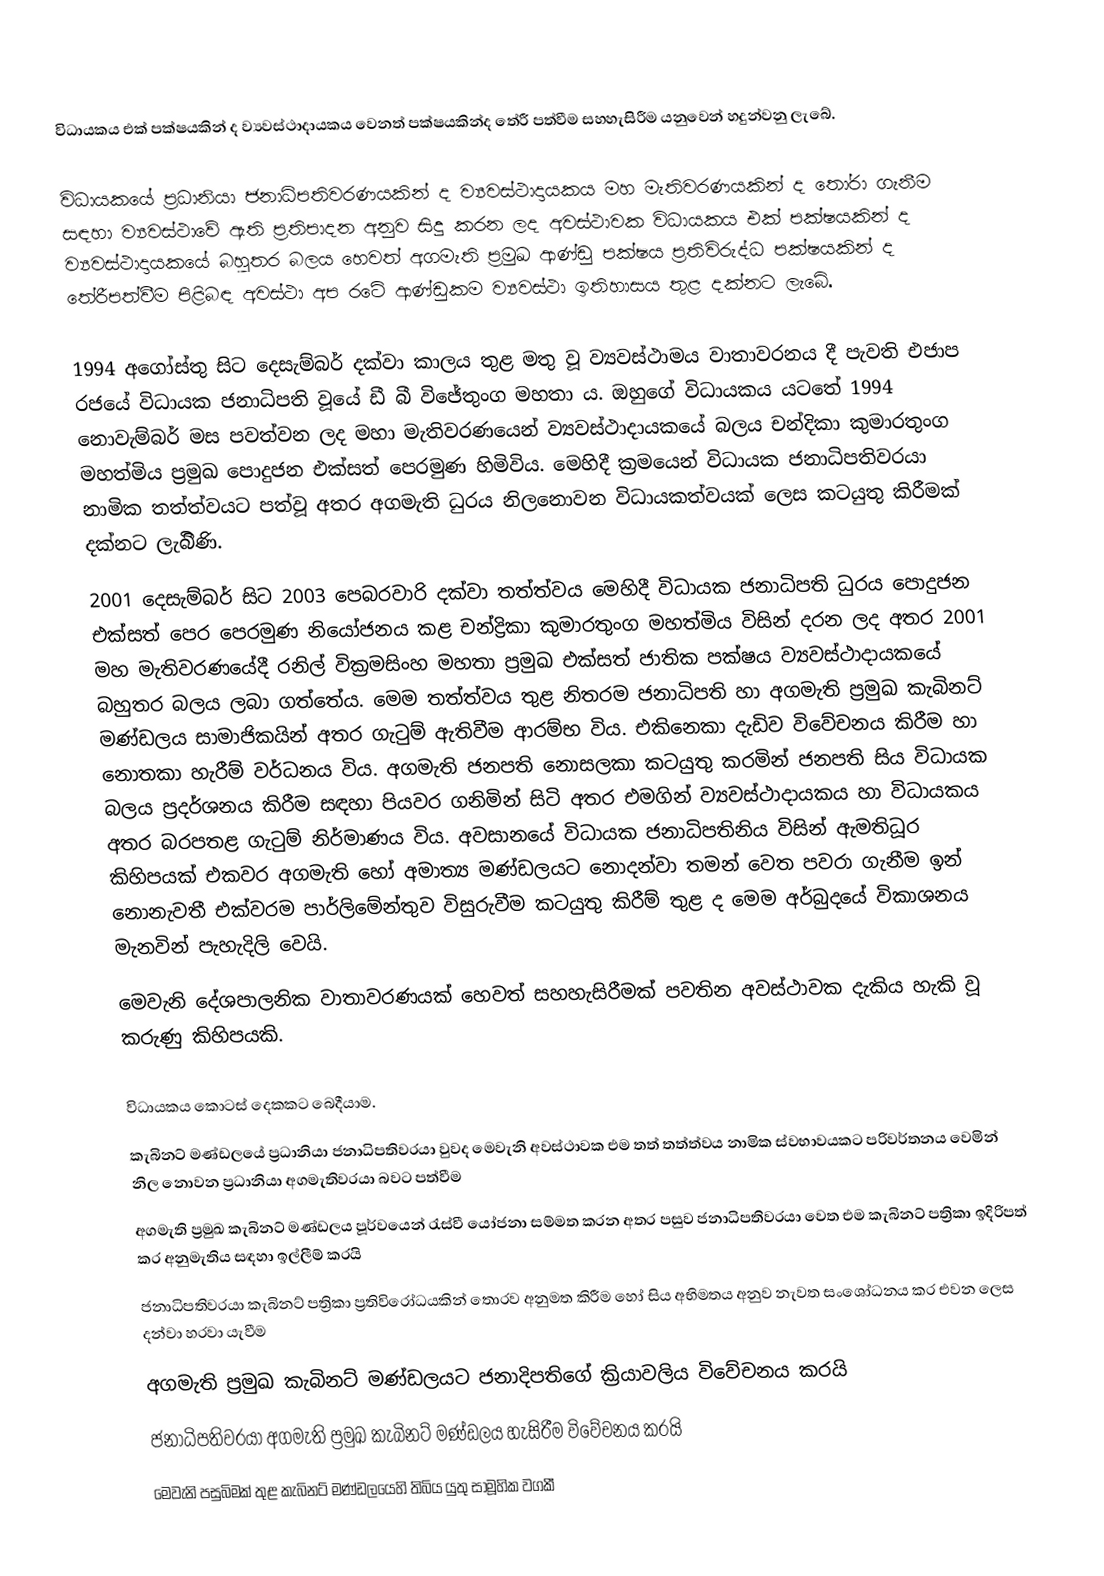
විධායකය එක් පක්ෂයකින් ද ව්‍යවස්ථාදායකය වෙනත් පක්ෂයකින්ද තේරී පත්වීම සහහැසිරීම යනුවෙන් හදුන්වනු ලැබේ.

විධායකයේ  ප්‍රධානියා ජනාධිපතිවරණයකින් ද ව්‍යවස්ථාදායකය මහ මැතිවරණයකින් ද තෝරා ගැනීම සඳහා ව්‍යවස්ථාවේ ඇති ප්‍රතිපාදන අනුව සිදු කරන ලද අවස්ථාවක විධායකය එක් පක්ෂයකින් ද ව්‍යවස්ථාදායකයේ බහුතර බලය හෙවත් අගමැති ප්‍රමුඛ ආණ්ඩු පක්ෂය ප්‍රතිවිරුද්ධ පක්ෂයකින් ද තේරීපත්වීම  පිළිබඳ අවස්ථා අප රටේ ආණ්ඩුකම ව්‍යවස්ථා ඉතිහාසය තුළ දක්නට ලැබේ.

 1994 අගෝස්තු සිට දෙසැම්බර් දක්වා කාලය තුළ මතු වූ ව්‍යවස්ථාමය වාතාවරනය දී පැවති එජාප රජයේ විධායක ජනාධිපති වූයේ ඩී බී විජේතුංග මහතා ය. ඔහුගේ විධායකය යටතේ 1994 නොවැම්බර් මස පවත්වන ලද මහා මැතිවරණයෙන් ව්‍යවස්ථාදායකයේ බලය චන්දිකා කුමාරතුංග මහත්මිය ප්‍රමුඛ පොදුජන එක්සත් පෙරමුණ හිමිවිය. මෙහිදී ක්‍රමයෙන් විධායක ජනාධිපතිවරයා නාමික තත්ත්වයට පත්වූ අතර අගමැති ධුරය නිලනොවන විධායකත්වයක් ලෙස කටයුතු කිරීමක් දක්නට ලැබිිණි.
 2001 දෙසැම්බර් සිට 2003 පෙබරවාරි දක්වා තත්ත්වය මෙහිදී විධායක ජනාධිපති ධුරය පොදුජන එක්සත් පෙර පෙරමුණ නියෝජනය කළ චන්ද්‍රිකා කුමාරතුංග මහත්මිය විසින් දරන ලද අතර 2001 මහ මැතිවරණයේදී රනිල් වික්‍රමසිංහ මහතා ප්‍රමුඛ එක්සත් ජාතික පක්ෂය ව්‍යවස්ථාදායකයේ  බහුතර බලය ලබා ගත්තේය.  මෙම තත්ත්වය තුළ නිතරම ජනාධිපති හා අගමැති ප්‍රමුඛ කැබිනට් මණ්ඩලය සාමාජිකයින් අතර ගැටුම් ඇතිවීම ආරම්භ විය. එකිනෙකා දැඩිව විවේචනය කිරීම හා නොතකා හැරීම් වර්ධනය විය. අගමැති ජනපති නොසලකා කටයුතු කරමින් ජනපති සිය විධායක බලය ප්‍රදර්ශනය කිරීම සඳහා පියවර ගනිමින් සිටි අතර එමගින් ව්‍යවස්ථාදායකය හා විධායකය අතර බරපතළ ගැටුම් නිර්මාණය විය. අවසානයේ විධායක ජනාධිපතිනිය විසින් ඇමතිධූර කිහිපයක් එකවර අගමැති හෝ අමාත්‍ය මණ්ඩලයට නොදන්වා තමන් වෙත පවරා ගැනීම ඉන් නොනැවතී එක්වරම පාර්ලිමේන්තුව විසුරුවීම කටයුතු කිරීම් තුළ ද මෙම අර්බුදයේ විකාශනය මැනවින් පැහැදිලි වෙයි.
මෙවැනි දේශපාලනික වාතාවරණයක්  හෙවත් සහහැසිරීමක්  පවතින අවස්ථාවක දැකිය හැකි වූ කරුණු කිහිපයකි.

 විධායකය කොටස් දෙකකට බෙදීයාම.
 කැබිනට් මණ්ඩලයේ ප්‍රධානියා ජනාධිපතිවරයා වුවද මෙවැනි අවස්ථාවක එම තත් තත්ත්වය නාමික ස්වභාවයකට පරිවර්තනය වෙමින් නිල නොවන ප්‍රධානියා අගමැතිවරයා බවට පත්වීම
 අගමැති ප්‍රමුඛ කැබිනට් මණ්ඩලය පූර්වයෙන් රැස්වී යෝජනා සම්මත කරන අතර පසුව ජනාධිපතිවරයා වෙත එම කැබිනට් පත්‍රිකා ඉදිරිපත් කර අනුමැතිය සඳහා ඉල්ලීම් කරයි
 ජනාධිපතිවරයා කැබිනට් පත්‍රිකා ප්‍ර‍තිවිරෝධයකින් තොරව අනුමත කිරීම හෝ සිය අභිමතය අනුව නැවත සංශෝධනය කර එවන ලෙස දන්වා හරවා යැවීම‍
 අගමැති ප්‍රමුඛ කැබිනට් මණ්ඩලයට ජනාදිපතිගේ ක්‍රියාවලිය විවේචනය කරයි
 ජනාධිපතිවරයා අගමැති ප්‍රමුඛ කැබිනට් මණ්ඩලය හැසිරීම විවේචනය කරයි
මෙවැනි පසුබිමක් තුළ කැබිනට් මණ්ඩලයෙහි තිබිය යුතු සාමූහික වගකී